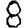
Digit: 8